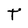
Character: T